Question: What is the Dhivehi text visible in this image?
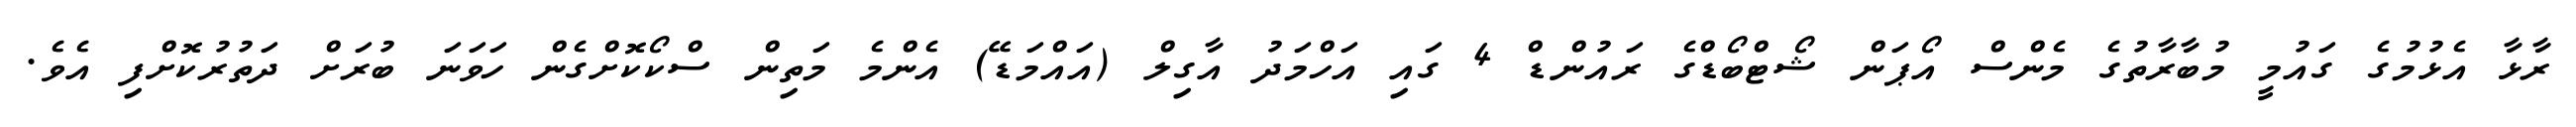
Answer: ރާޅާ އެޅުމުގެ ގައުމީ މުބާރާތުގެ މެންސް އޯޕަން ޝޯޓްބޯޑްގެ ރައުންޑް 4 ގައި އަހްމަދު އާގިލް (އައްމަޑޭ) އެންމެ މަތިން ސްކޯކޮށްގެން ހަވަނަ ބުރަށް ދަތުރުކޮށްފި އެވެ.